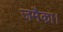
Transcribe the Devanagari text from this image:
जमैका।